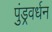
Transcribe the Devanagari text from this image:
पुंड्रवर्धन